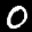
Label: 0